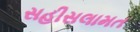
સહીસલામત